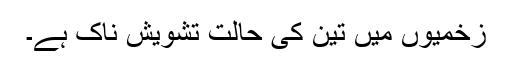
زخمیوں میں تین کی حالت تشویش ناک ہے۔